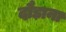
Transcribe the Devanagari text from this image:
दौड़ाना